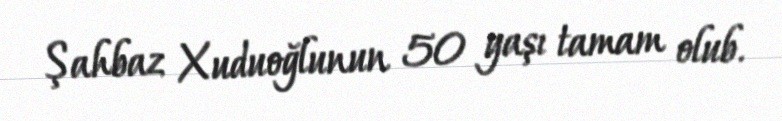
Şahbaz Xuduoğlunun 50 yaşı tamam olub.